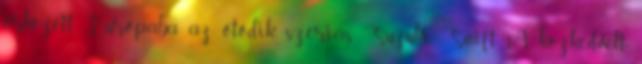
érkezett Európába az ötödik szériás Suzuki Swift. A közkedvelt